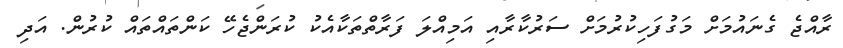
ރާއްޖެ ގެނައުމަށް މަގުފަހިކުރުމަށް ސަރުކާރާއި އަމިއްލަ ފަރާތްތަކާއެކު ކުރަންޖެހޭ ކަންތައްތައް ކުރުން. އަދި